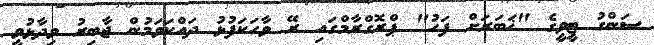
ސަންގު ޓީވީގެ "ޚަބަރަށް ފަހު" ޕްރޮގްރާމްގައި ރޭ ވާހަކަފުޅު ދައްކަވަމުން ޖާބިރު ވިދާޅުވީ